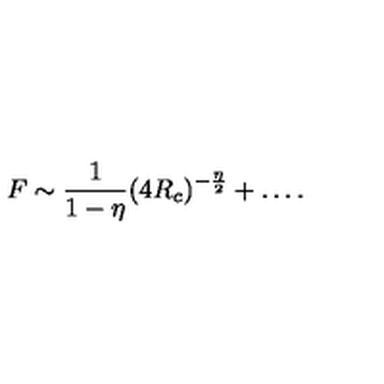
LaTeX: F \sim \frac { 1 } { 1 - \eta } ( 4 R _ { c } ) ^ { - { \frac { \eta } { 2 } } } + \ldots .